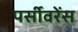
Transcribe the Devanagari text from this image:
पर्सीवरेंस